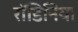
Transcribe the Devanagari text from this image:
रॉडिनिया